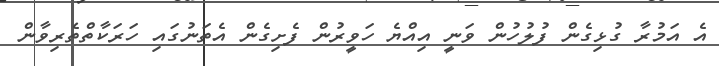
އެ އަމުރާ ގުޅިގެން ފުލުހުން ވަނީ އިއްޔެ ހަވީރުން ފެށިގެން އެތަނުގައި ހަރަކާތްތެރިވާން